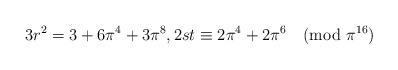
LaTeX: \begin{align*} 3r^2 = 3 + 6\pi^4 + 3\pi^8, 2st \equiv 2\pi^4 + 2\pi^6 \pmod{\pi^{16}}\end{align*}